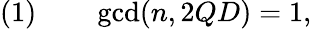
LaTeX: (1)\qquad\operatorname*{gcd}(n,2QD)=1,